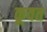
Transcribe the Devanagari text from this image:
कूवत